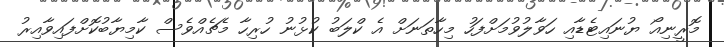
މޮރީނިއޯ ޔުނައިޓެޑާއި ހަވާލުވުމަށްފަހު މިހާތަނަށް އެ ކްލަބު ކުޅުނު ހުރިހާ މެޗެއްވެސް ކާމިޔާބުކޮށްފައިވާއިރު